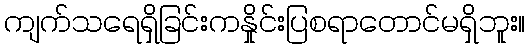
ကျက်သရေရှိခြင်းကနှိုင်းပြစရာတောင်မရှိဘူး။